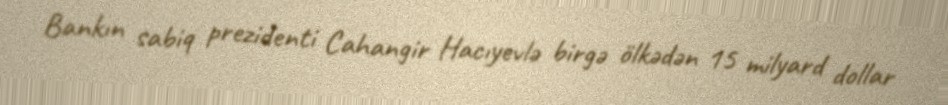
Bankın sabiq prezidenti Cahangir Hacıyevlə birgə ölkədən 15 milyard dollar